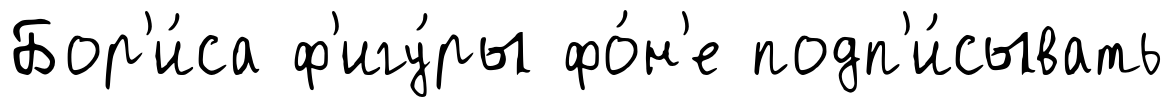
Бор'и́са ф'игу́ры фо́н'е подп'и́сывать